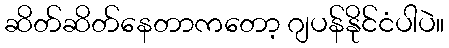
ဆိတ်ဆိတ်နေတာကတော့ ဂျပန်နိုင်ငံပါပဲ။